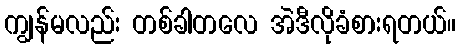
ကျွန်မလည်း တစ်ခါတလေ အဲဒီလိုခံစားရတယ်။